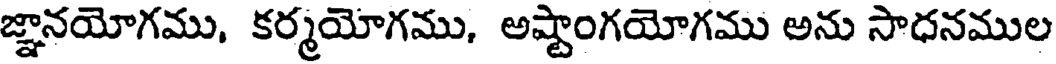
జ్ఞానయోగము, కర్మయోగము, అష్టాంగయోగము అను సాధనముల